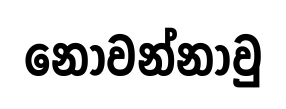
නොවන්නාවු